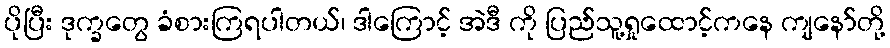
ပိုပြီး ဒုက္ခတွေ ခံစားကြရပါတယ်၊ ဒါကြောင့် အဲဒီ ကို ပြည်သူ့ရှုထောင့်ကနေ ကျနော်တို့